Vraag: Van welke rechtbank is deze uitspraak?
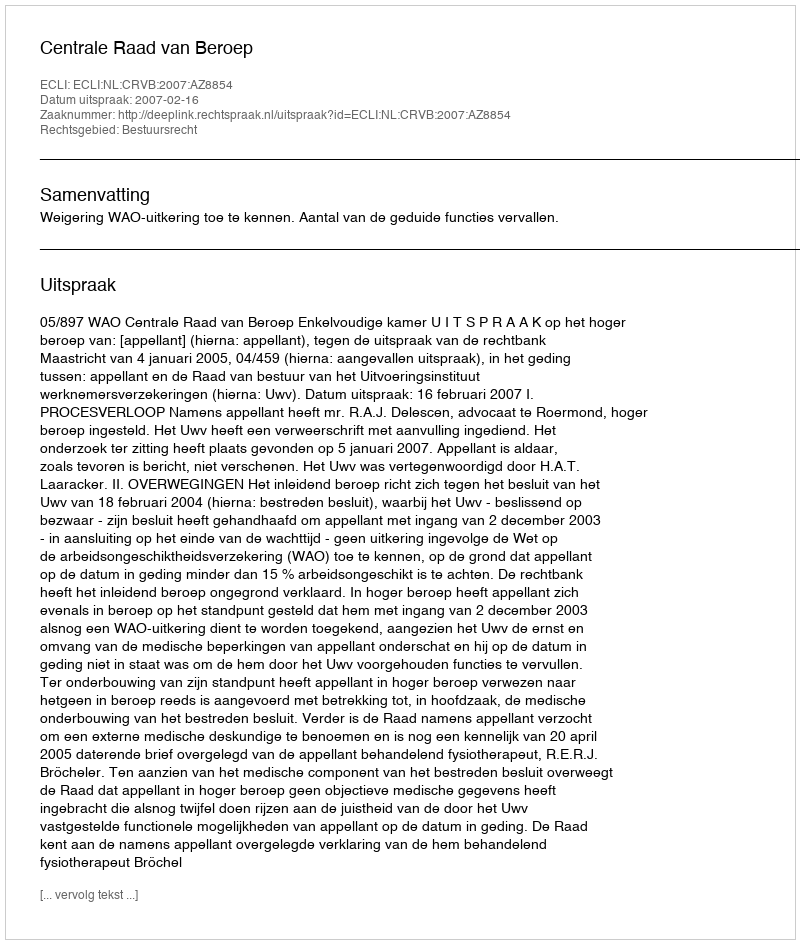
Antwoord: Centrale Raad van Beroep